Source: Handwritten
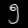
Digit: ၅ (5)